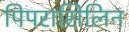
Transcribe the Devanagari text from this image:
पिपरासिलिन